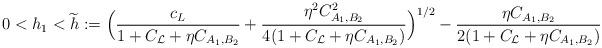
LaTeX: \begin{align*}0< h_1 < \widetilde{h}:= \Bigl(\frac{c_L}{1+C_{\cal L}+\eta C_{A_1, B_2}} +\frac{\eta^2 C_{A_1, B_2}^2}{4(1+C_{\cal L}+\eta C_{A_1, B_2})} \Bigr)^{1/2} - \frac{\eta C_{A_1, B_2}}{2(1+C_{\cal L}+\eta C_{A_1, B_2})}\end{align*}